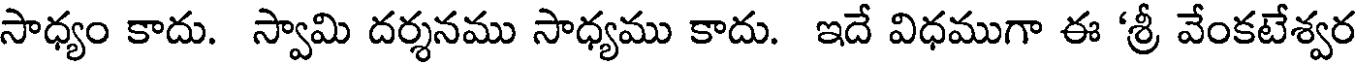
సాధ్యం కాదు. స్వామి దర్శనము సాధ్యము కాదు. ఇదే విధముగా ఈ 'శ్రీ వేంకటేశ్వర